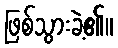
ဖြစ်သွားခဲ့၏။